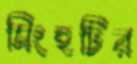
সিংহটির